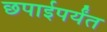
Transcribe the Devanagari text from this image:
छपाईपर्यंत